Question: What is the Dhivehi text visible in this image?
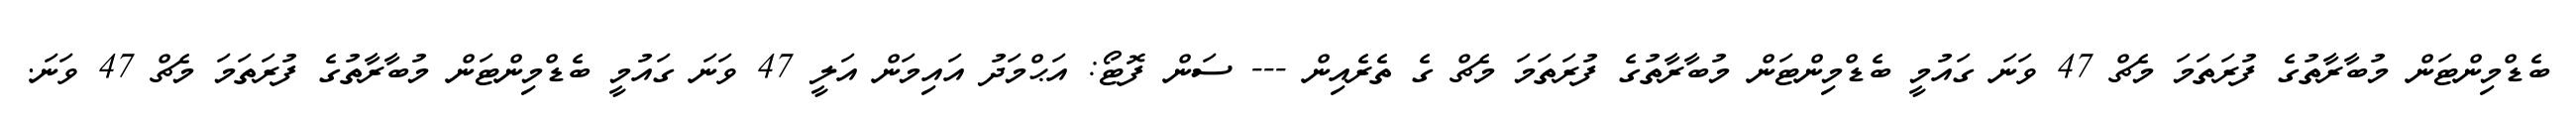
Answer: ބެޑްމިންޓަން މުބާރާތުގެ ފުރަތަމަ މެޗް 47 ވަނަ ގައުމީ ބެޑްމިންޓަން މުބާރާތުގެ ފުރަތަމަ މެޗް ގެ ތެރެއިން --- ސަން ފޮޓޯ: އަޙްމަދު އައިމަން އަލީ 47 ވަނަ ގައުމީ ބެޑްމިންޓަން މުބާރާތުގެ ފުރަތަމަ މެޗް 47 ވަނަ.